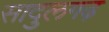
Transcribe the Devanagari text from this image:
सादुलगढ़